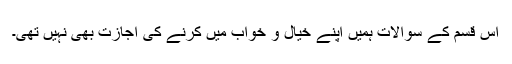
اس قسم کے سوالات ہمیں اپنے خیال و خواب میں کرنے کی اجازت بھی نہیں تھی۔